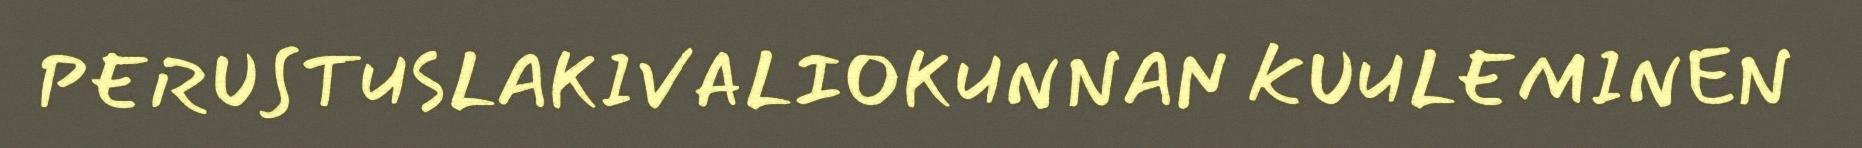
PERUSTUSLAKIVALIOKUNNAN KUULEMINEN